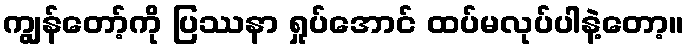
ကျွန်တော့်ကို ပြဿနာ ရှုပ်အောင် ထပ်မလုပ်ပါနဲ့တော့။